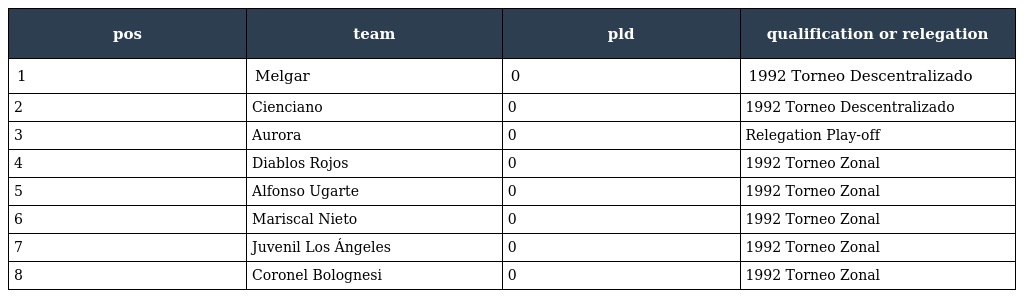
| pos | team | pld | qualification or relegation |
 | --- | --- | --- | --- |
 | 1 | Melgar | 0 | 1992 Torneo Descentralizado |
 | 2 | Cienciano | 0 | 1992 Torneo Descentralizado |
 | 3 | Aurora | 0 | Relegation Play-off |
 | 4 | Diablos Rojos | 0 | 1992 Torneo Zonal |
 | 5 | Alfonso Ugarte | 0 | 1992 Torneo Zonal |
 | 6 | Mariscal Nieto | 0 | 1992 Torneo Zonal |
 | 7 | Juvenil Los Ángeles | 0 | 1992 Torneo Zonal |
 | 8 | Coronel Bolognesi | 0 | 1992 Torneo Zonal |